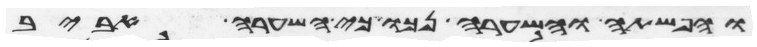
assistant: והפשתה והשערה נכו כי השערה אביב